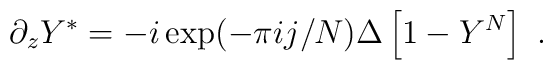
\partial_z Y^*=-i \exp(-\pi i j/N)\Delta \left[1-Y^N\right]~.